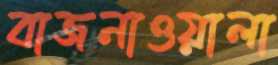
বাজনাওয়ালা